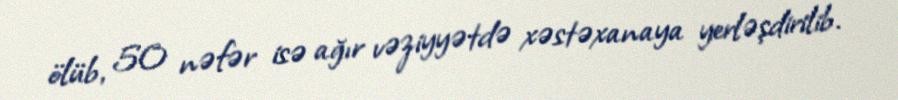
ölüb, 50 nəfər isə ağır vəziyyətdə xəstəxanaya yerləşdirilib.